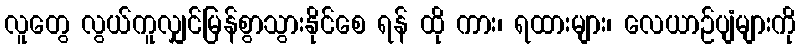
လူတွေ လွယ်ကူလျှင်မြန်စွာသွားနိုင်စေ ရန် ထို ကား၊ ရထားများ၊ လေယာဉ်ပျံများကို